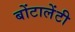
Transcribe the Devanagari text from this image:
बोंटालेंटी